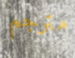
مترجم